DOW-UAP-D27, Mission Report, United Arab Emirates, October 2023
Agency: Department of War
Incident date: 6/7/24
Incident location: Gulf of Oman
Page 1
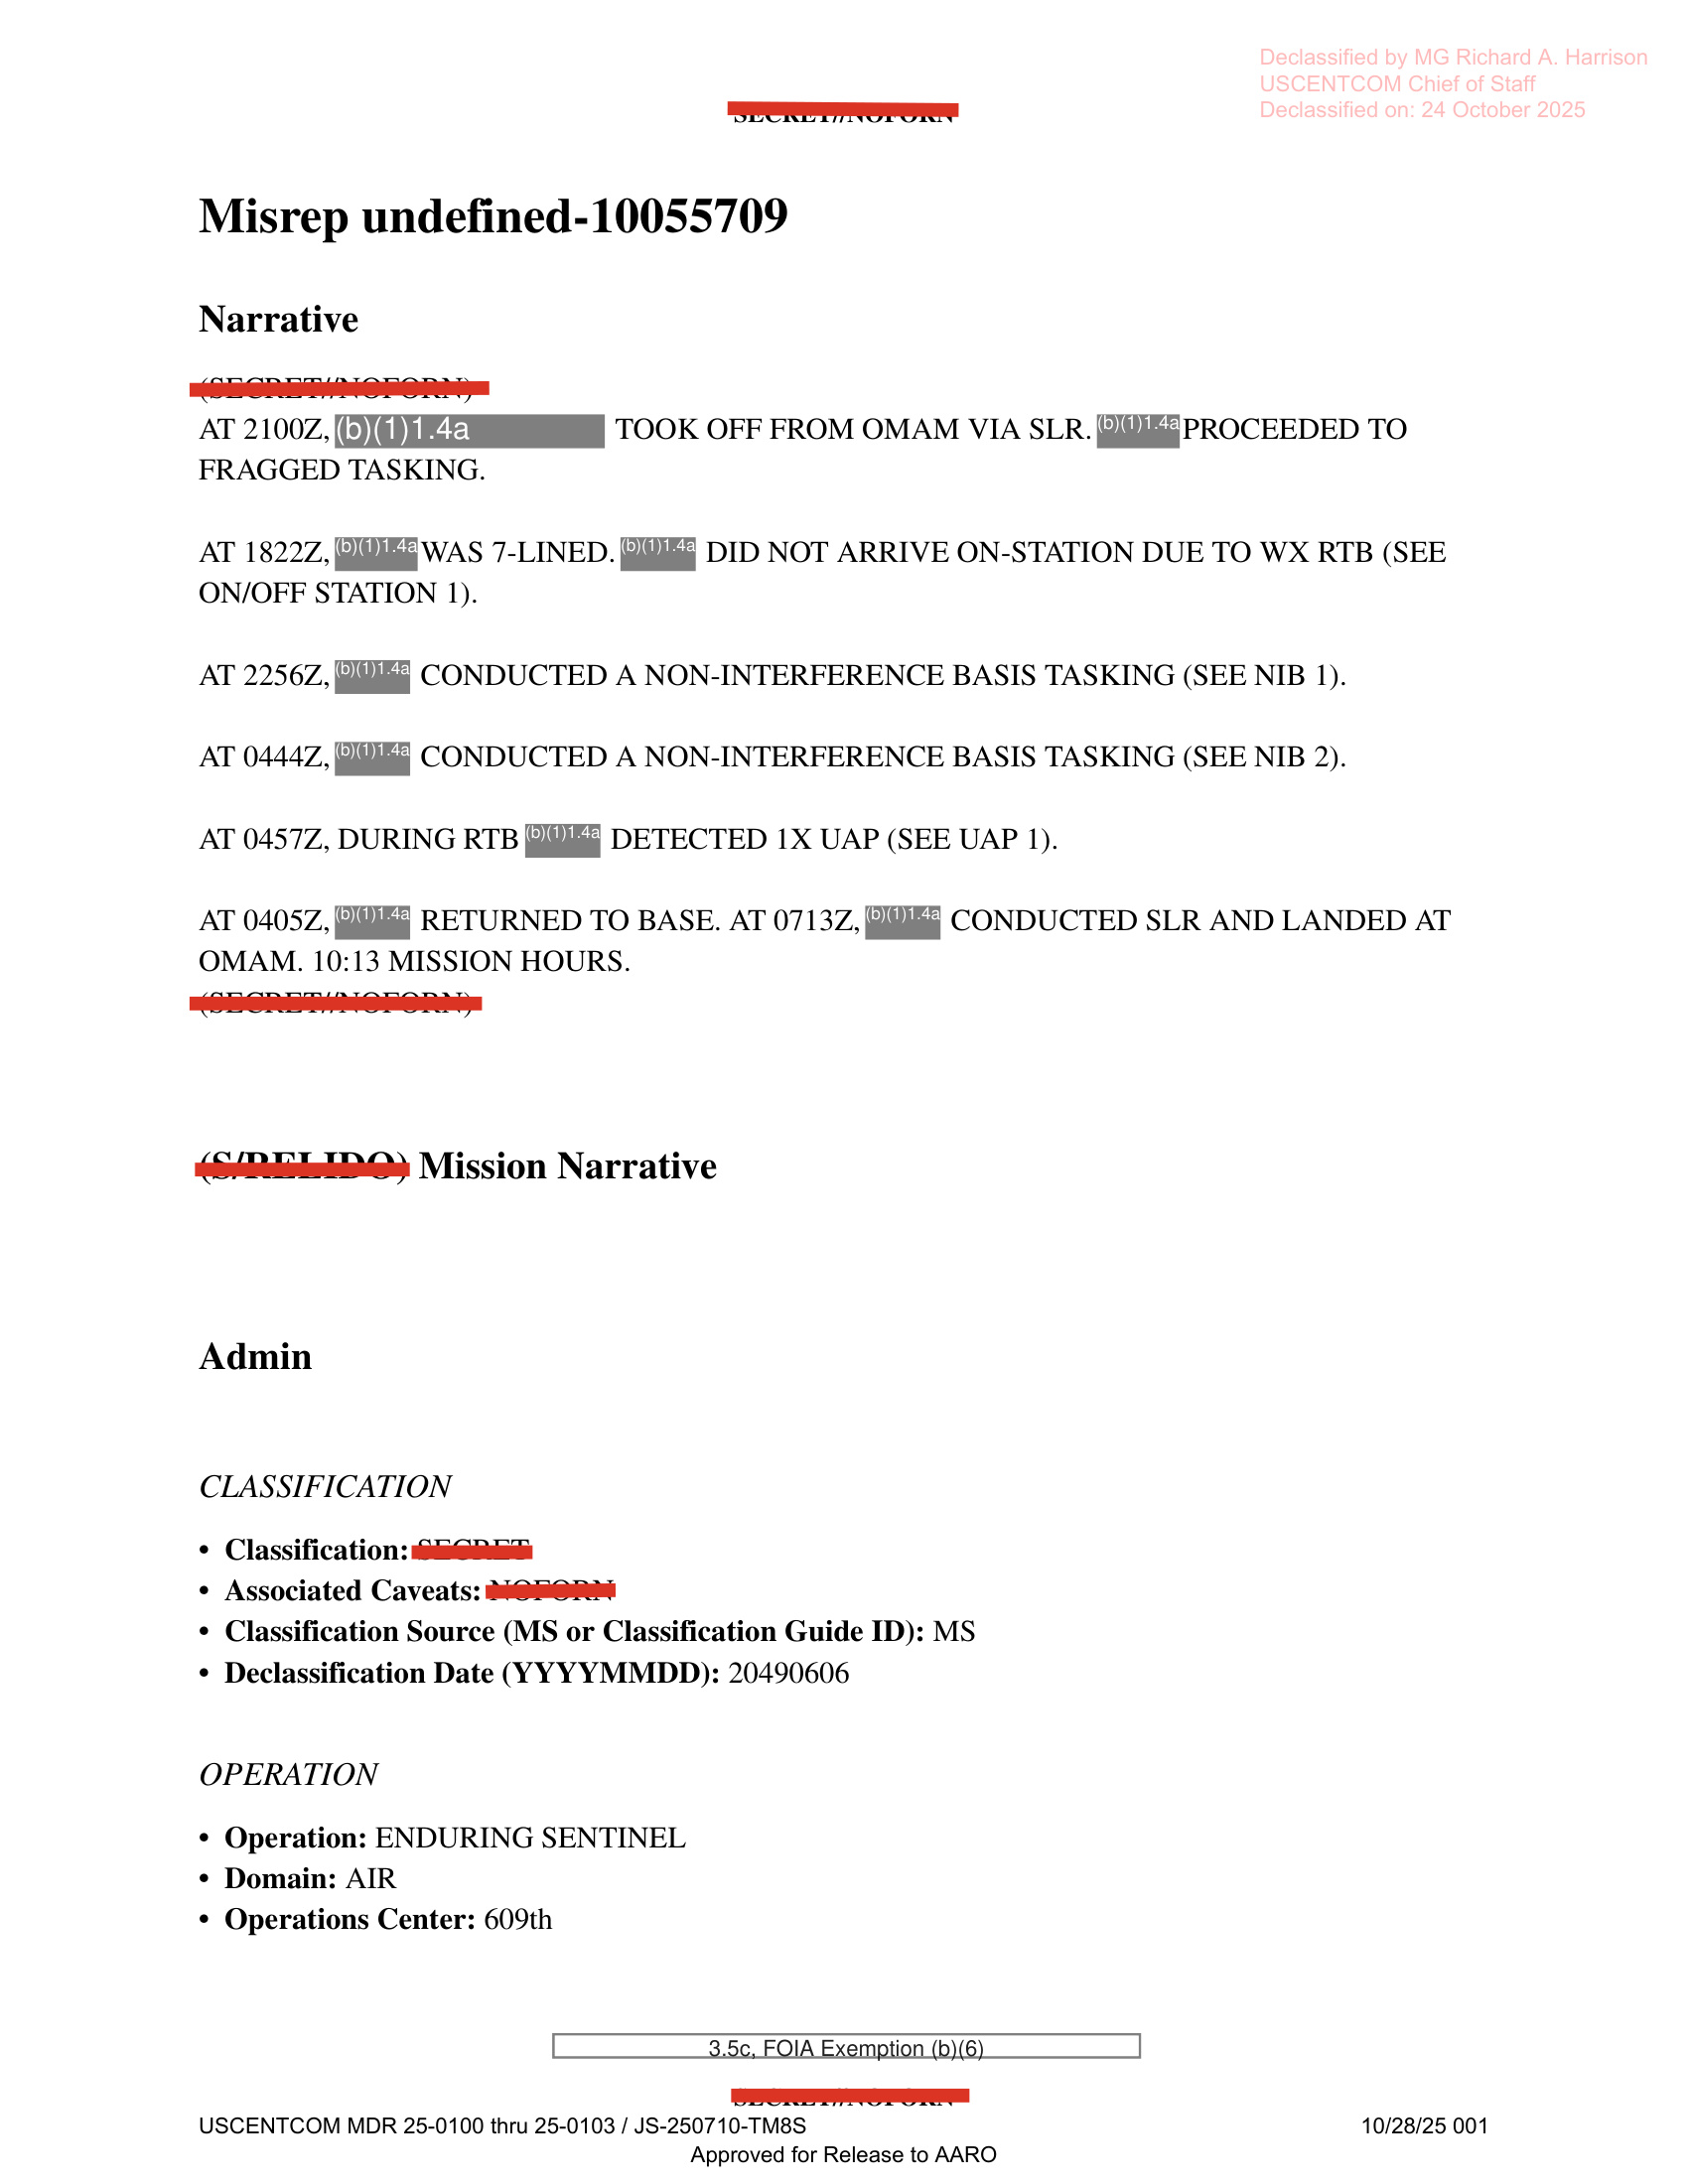